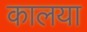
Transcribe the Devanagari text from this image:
कालया